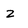
Character: z